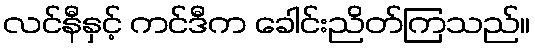
လင်နီနှင့် ကင်ဒီက ခေါင်းညိတ်ကြသည်။